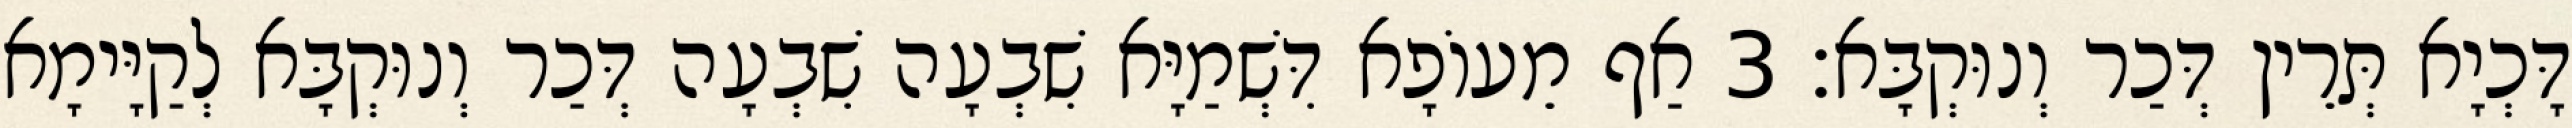
דָּכְיָא תְּרֵין דְּכַר וְנוּקְבָּא׃ 3 אַף מֵעוֹפָא דִּשְׁמַיָּא שִׁבְעָה שִׁבְעָה דְּכַר וְנוּקְבָּא לְקַיָּימָא